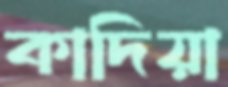
কাদিয়া